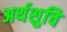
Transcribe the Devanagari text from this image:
अर्थशुचि